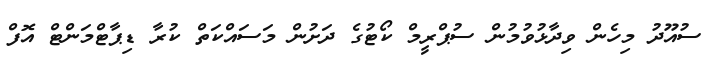
ސުއޫދު މިހެން ވިދާޅުވުމުން ސުޕްރީމް ކޯޓުގެ ދަށުން މަސައްކަތް ކުރާ ޑިޕާޓްމަންޓް އޮފް